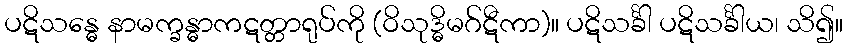
ပဋိသန္ဓေ နာမက္ခန္ဓာကဋတ္တာရုပ်ကို (ဝိသုဒ္ဓိမဂ်ဋီကာ)။ ပဋိသင်္ခါ ပဋိသင်္ခါယ၊ သိ၍။